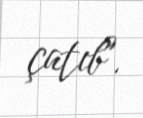
çatıb".